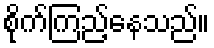
စိုက်ကြည့်နေသည်။